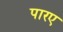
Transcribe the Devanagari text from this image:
पारए